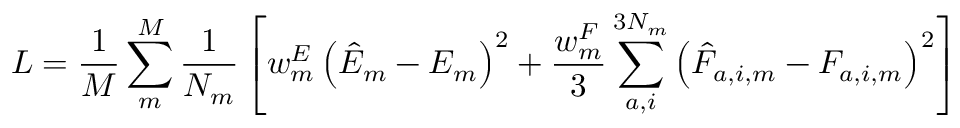
L = \frac { 1 } { M } \sum _ { m } ^ { M } \frac { 1 } { N _ { m } } \left[ w _ { m } ^ { E } \left( \hat { E } _ { m } - E _ { m } \right) ^ { 2 } + \frac { w _ { m } ^ { F } } { 3 } \sum _ { a , i } ^ { 3 N _ { m } } \left( \hat { F } _ { a , i , m } - F _ { a , i , m } \right) ^ { 2 } \right]